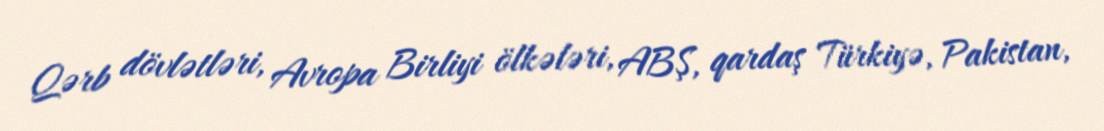
Qərb dövlətləri, Avropa Birliyi ölkələri, ABŞ, qardaş Türkiyə, Pakistan,